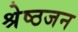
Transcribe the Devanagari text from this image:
श्रेष्‍ठजन